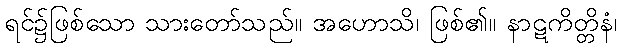
ရင်၌ဖြစ်သော သားတော်သည်။ အဟောသိ၊ ဖြစ်၏။ နာဋကိတ္တိနံ၊